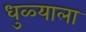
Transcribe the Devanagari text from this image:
धुळ्याला